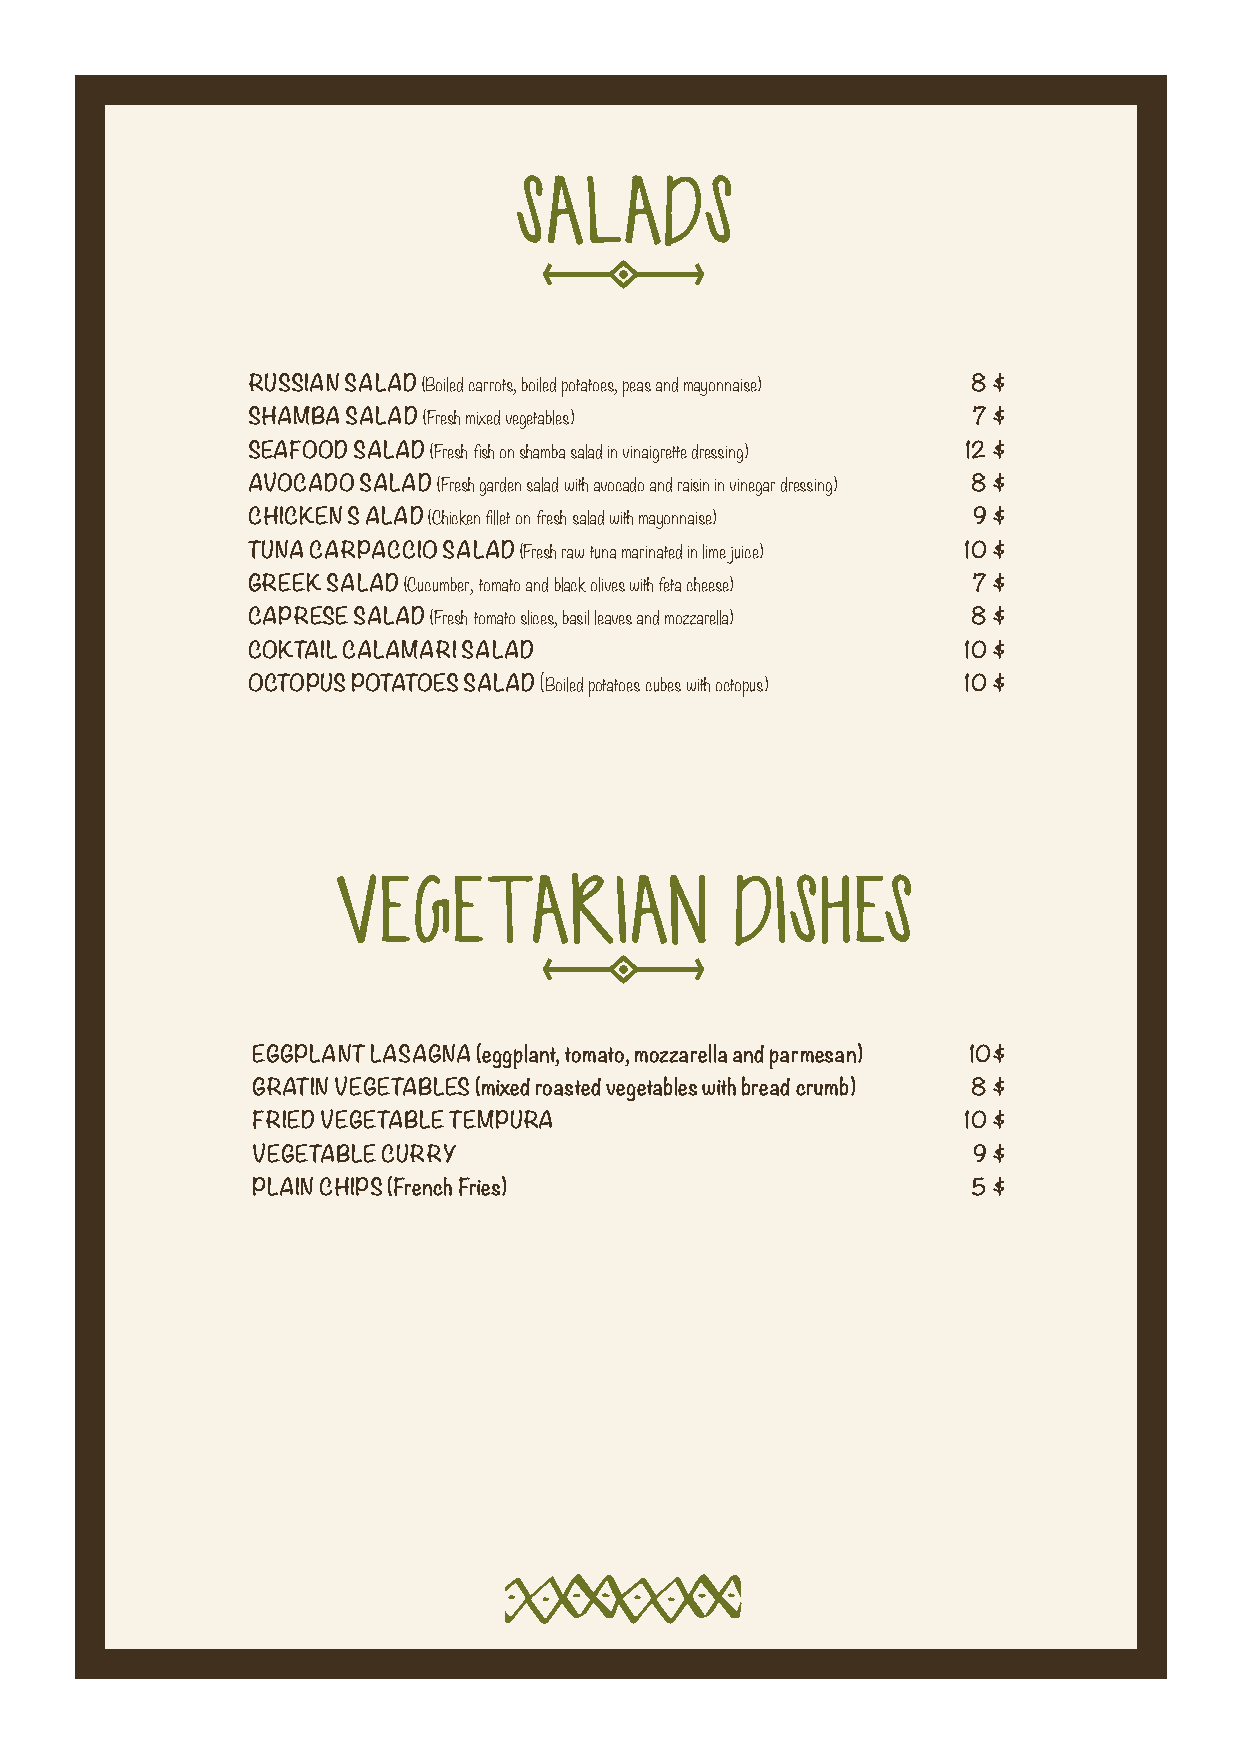
SALADS
 RUSSIAN SALAD (Boiled carrots, boiled potatoes, peas and mayonnaise) 8 $
 SHAMBA SALAD (Fresh mixed vegetables)           7 $
 SEAFOOD SALAD (Fresh fish on shamba salad in vinaigrette dressing) 12 $
 AVOCADO SALAD (Fresh garden salad with avocado and raisin in vinegar dressing) 8 $
 CHICKEN S ALAD (Chicken fillet on fresh salad with mayonnaise) 9 $
 TUNA CARPACCIO SALAD (Fresh raw tuna marinated in lime juice) 10 $
 GREEK SALAD (Cucumber, tomato and black olives with feta cheese) 7 $
 CAPRESE SALAD (Fresh tomato slices, basil leaves and mozzarella) 8 $
 COKTAIL CALAMARI SALAD                          10 $
 OCTOPUS POTATOES SALAD (Boiled potatoes cubes with octopus) 10 $
 VEGETARIAN                DISHES
 EGGPLANT LASAGNA (eggplant, tomato, mozzarella and parmesan) 10$
 GRATIN VEGETABLES (mixed roasted vegetables with bread crumb) 8 $
 FRIED VEGETABLE TEMPURA                        10 $
 VEGETABLE CURRY                                9 $
 PLAIN CHIPS (French Fries)                     5 $